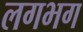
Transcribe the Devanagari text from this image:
लगभ्‍ाग